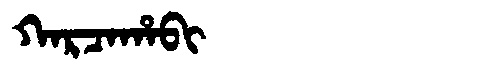
Manchu: ᡴᠠᡵᠴᠠᡥᠠᠪᡳ
Romanization: KARCAHABI